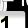
Digit: 1